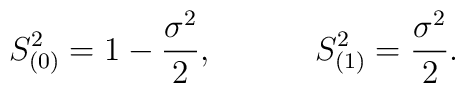
S_{(0)}^2=1-\frac{\sigma ^2}2,\hspace{0.5in}S_{(1)}^2=\frac{\sigma ^2}2 .